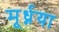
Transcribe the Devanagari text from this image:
मूर्ध्नया